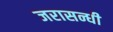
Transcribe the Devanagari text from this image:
जरासन्धी